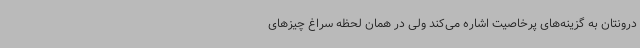
درونتان به گزینه‌های پرخاصیت اشاره می‌کند ولی در همان لحظه سراغ چیزهای